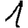
Digit: 1